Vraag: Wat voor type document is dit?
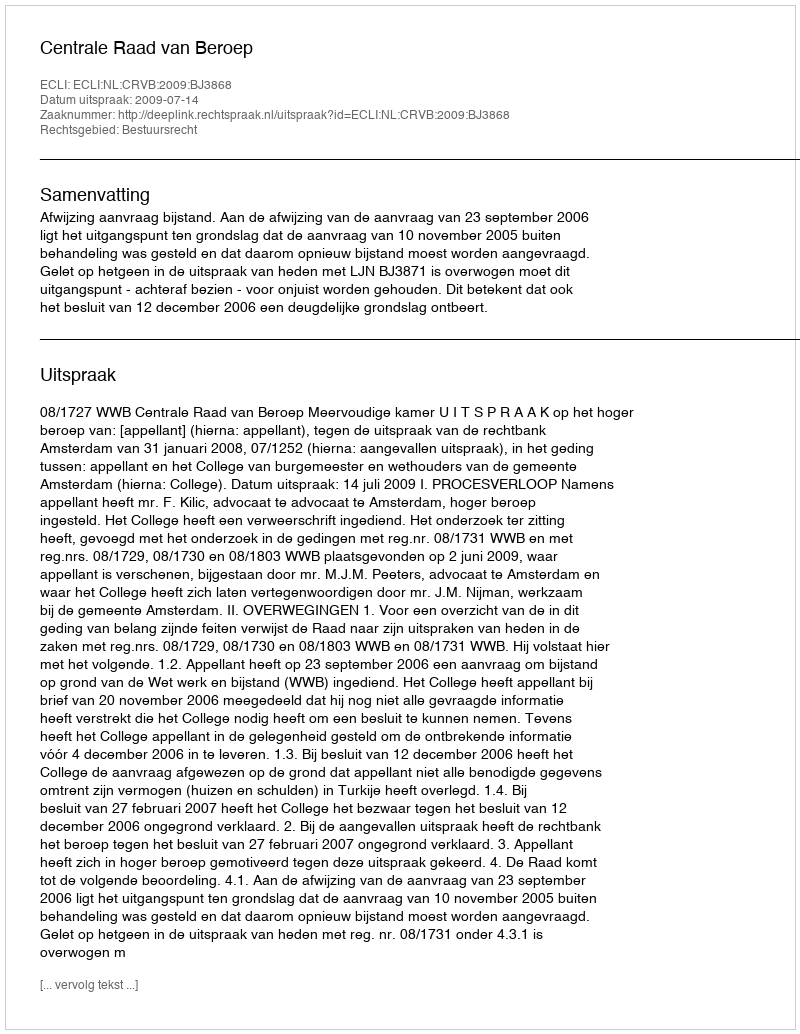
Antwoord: Uitspraak